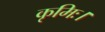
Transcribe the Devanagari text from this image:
कृमिः।